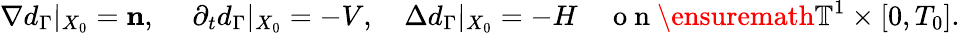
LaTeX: \nabla d_{\Gamma}|_{X_{0}}=\mathbf{n},~\quad\partial_{t}d_{\Gamma}|_{X_{0}}=-V,\quad\Delta d_{\Gamma}|_{X_{0}}=-H\quad\mathrm{~o~n~}\ensuremath{\mathbb{T}}^{1}\times[0,T_{0}].